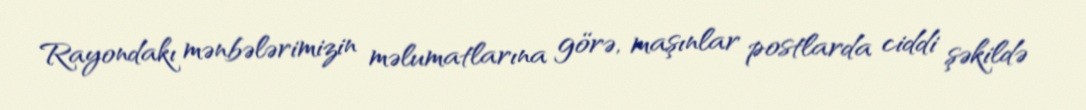
Rayondakı mənbələrimizin məlumatlarına görə, maşınlar postlarda ciddi şəkildə